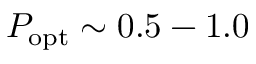
P _ { \mathrm { o p t } } \sim 0 . 5 - 1 . 0